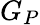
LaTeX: G_{P}